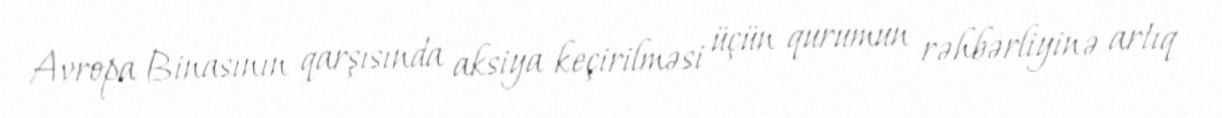
Avropa Binasının qarşısında aksiya keçirilməsi üçün qurumun rəhbərliyinə artıq